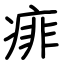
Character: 痱